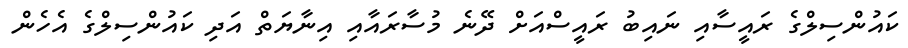
ކައުންސިލްގެ ރައީސާއި ނައިބު ރައީސްއަށް ދޭނެ މުސާރައާއި އިނާޔަތް އަދި ކައުންސިލްގެ އެހެން